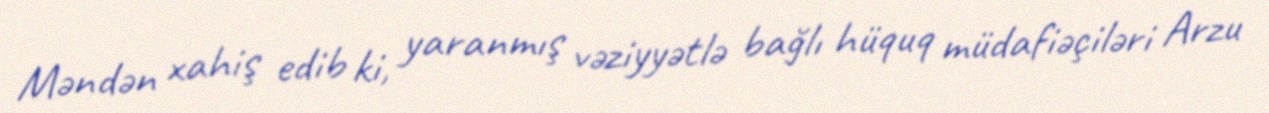
Məndən xahiş edib ki, yaranmış vəziyyətlə bağlı hüquq müdafiəçiləri Arzu